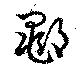
鄳